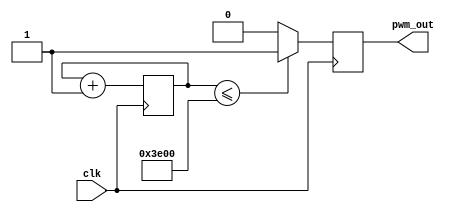
`timescale 1ns / 1ps

module PWM(
    input clk,			//input clock
    output reg pwm_out 	//output of PWM
    );
    
    // Counter to reduce the 100 MHz clock to 762.939 Hz (100 MHz / 2^17)
    reg [16:0] Count =0;
    reg [7:0]pwm_in = 8'b00011111;
    
    always @(posedge clk) begin
    //$display("PWMin: %b       PEM_OUT %b \n", pwm_in,pwm_out);
        Count <= Count + 1'b1;
        if (Count <= (pwm_in << 9)) pwm_out <= 1;	
        else pwm_out <= 0;
    end
    
endmodule